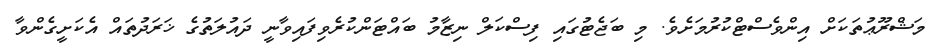
މަޝްރޫޢުތަކަށް އިންވެސްޓްކުރުމަށެވެ. މި ބަޖެޓުގައި ފިސްކަލް ނިޒާމު ބައްޓަންކުރެވިފައިވާނީ ދައުލަތުގެ ޚަރަދުތައް އެކަށީގެންވާ